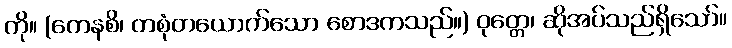
ကို။ (ကေနစိ၊ တစုံတယောက်သော စောဒကသည်။) ဝုတ္တေ၊ ဆိုအပ်သည်ရှိသော်။